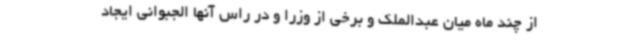
از چند ماه میان عبدالملک و برخی از وزرا و در راس آنها الجبوانی ایجاد